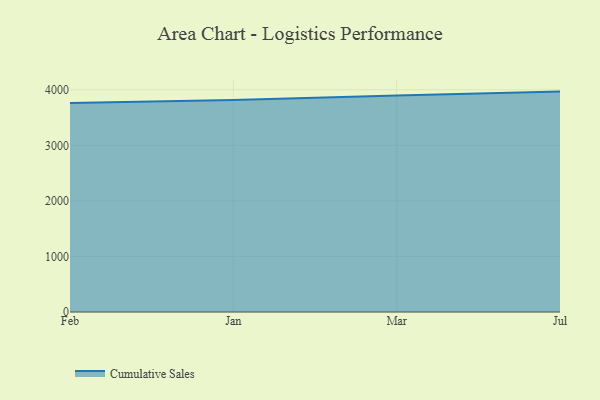
{"axis": {"x": "Month", "y": "Customer Acquisition Cost (USD)"}, "legend": ["Cumulative Sales"], "data": [{"x": "Feb", "y": 3762.0, "type": "Cumulative Sales"}, {"x": "Jan", "y": 3814.1, "type": "Cumulative Sales"}, {"x": "Mar", "y": 3896.7, "type": "Cumulative Sales"}, {"x": "Jul", "y": 3966.6, "type": "Cumulative Sales"}]}